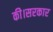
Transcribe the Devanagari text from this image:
की।सरकार